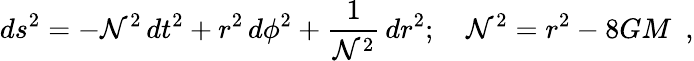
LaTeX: ds^{2}=-\mathcal{N}^{2}\, dt^{2}+r^{2}\, d\phi^{2}+{\frac{{1}}{{\mathcal{N}^{2}}}}\, dr^{2};~~~~\mathcal{N}^{2}=r^{2}-8GM\ \ ,